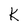
Character: K